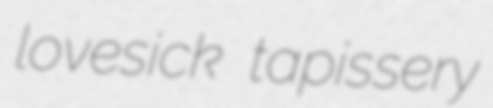
lovesick tapissery